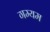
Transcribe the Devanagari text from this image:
गम्यम